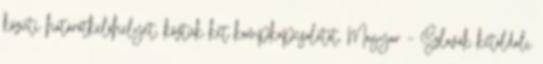
közúti határátkelőhelyet, köztük két kompkapcsolatot. Magyar – Szlovák kétoldali